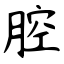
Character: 腔